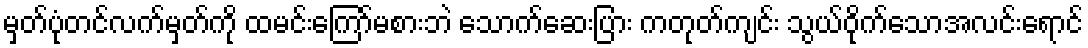
မှတ်ပုံတင်လက်မှတ်ကို ထမင်းကြော်မစားဘဲ သောက်ဆေးပြား ကတုတ်ကျင်း သွယ်ဝိုက်သောအလင်းရောင်